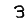
Digit: 3